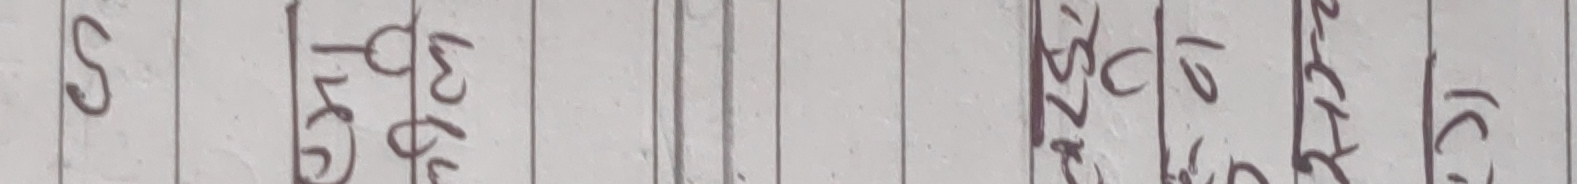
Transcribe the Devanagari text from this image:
S ख ३६ २५८ ७८० १० ४५३७ १८७७ १६